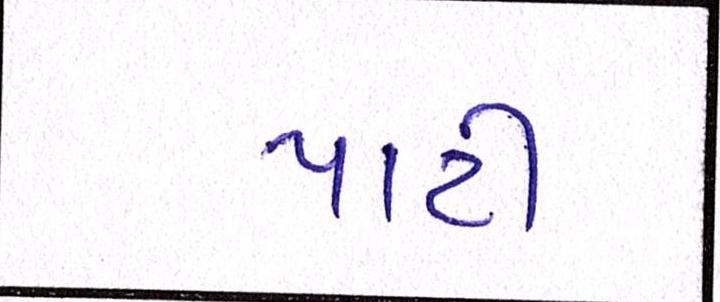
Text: પાટી